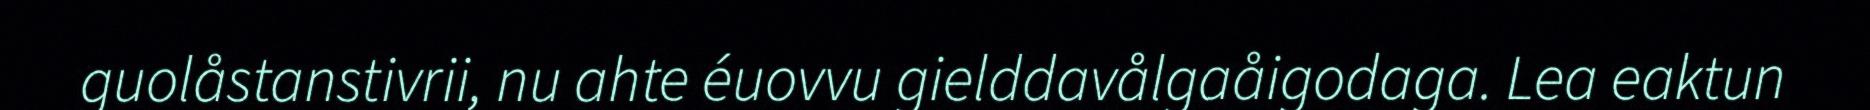
guolåstanstivrii, nu ahte éuovvu gielddavålgaåigodaga. Lea eaktun